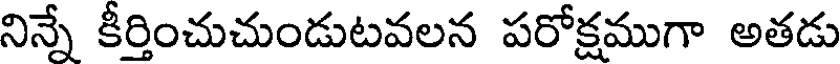
నిన్నే కీర్తించుచుండుటవలన పరోక్షముగా అతడు